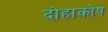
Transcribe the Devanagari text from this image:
दोहाकोष